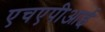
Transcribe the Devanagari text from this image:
एचएपीआई